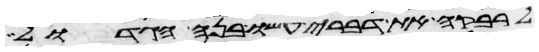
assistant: לרבקה את דברי עשו בנה הגדול